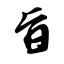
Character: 旨